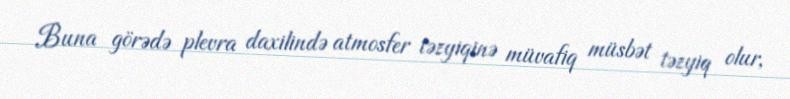
Buna görədə plevra daxilində atmosfer təzyiqinə müvafiq müsbət təzyiq olur,